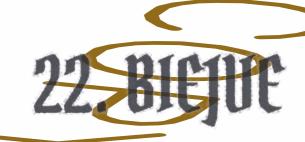
22. BIEJVE